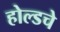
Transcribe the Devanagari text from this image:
होल्डचे